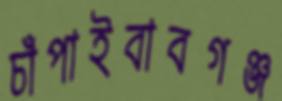
চাঁপাইবাবগঞ্জ